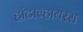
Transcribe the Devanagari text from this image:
हांटाव्हायरस